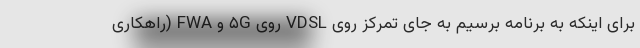
برای اینکه به برنامه برسیم به جای تمرکز روی VDSL روی ۵G و FWA (راهکاری